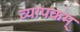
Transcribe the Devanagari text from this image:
व्यापकम्